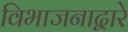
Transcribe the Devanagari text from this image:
विभाजनाद्वारे